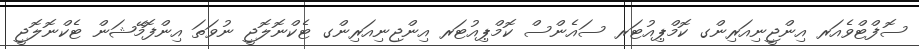
ސޮފްޓްވެއަރ އިންޖީނިއަރިންގ ކޮމްޕިއުޓަރ ސައެންސް ކޮމްޕިއުޓަރ އިންޖިނިއަރިންގ ޓެކްނޮލޮޖީ ނުވަތަ އިންފޮމޭޝަން ޓެކްނޮލޮޖީ